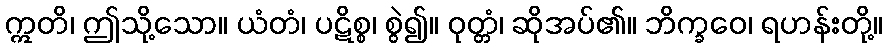
ဣတိ၊ ဤသို့သော။ ယံတံ၊ ပဋိစ္စ၊ စွဲ၍။ ဝုတ္တံ၊ ဆိုအပ်၏။ ဘိက္ခဝေ၊ ရဟန်းတို့။